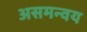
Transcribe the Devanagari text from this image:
असमन्वय